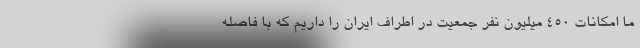
ما امکانات 450 میلیون نفر جمعیت در اطراف ایران را داریم که با فاصله